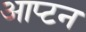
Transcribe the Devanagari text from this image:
आप्टन